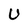
Character: U